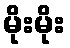
မိုးမိုး